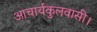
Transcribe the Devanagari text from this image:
आचार्यकुलवासी।